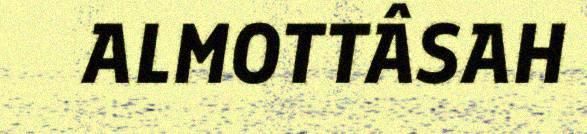
ALMOTTÂSAH